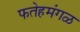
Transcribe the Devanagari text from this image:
फतेहमंगळ